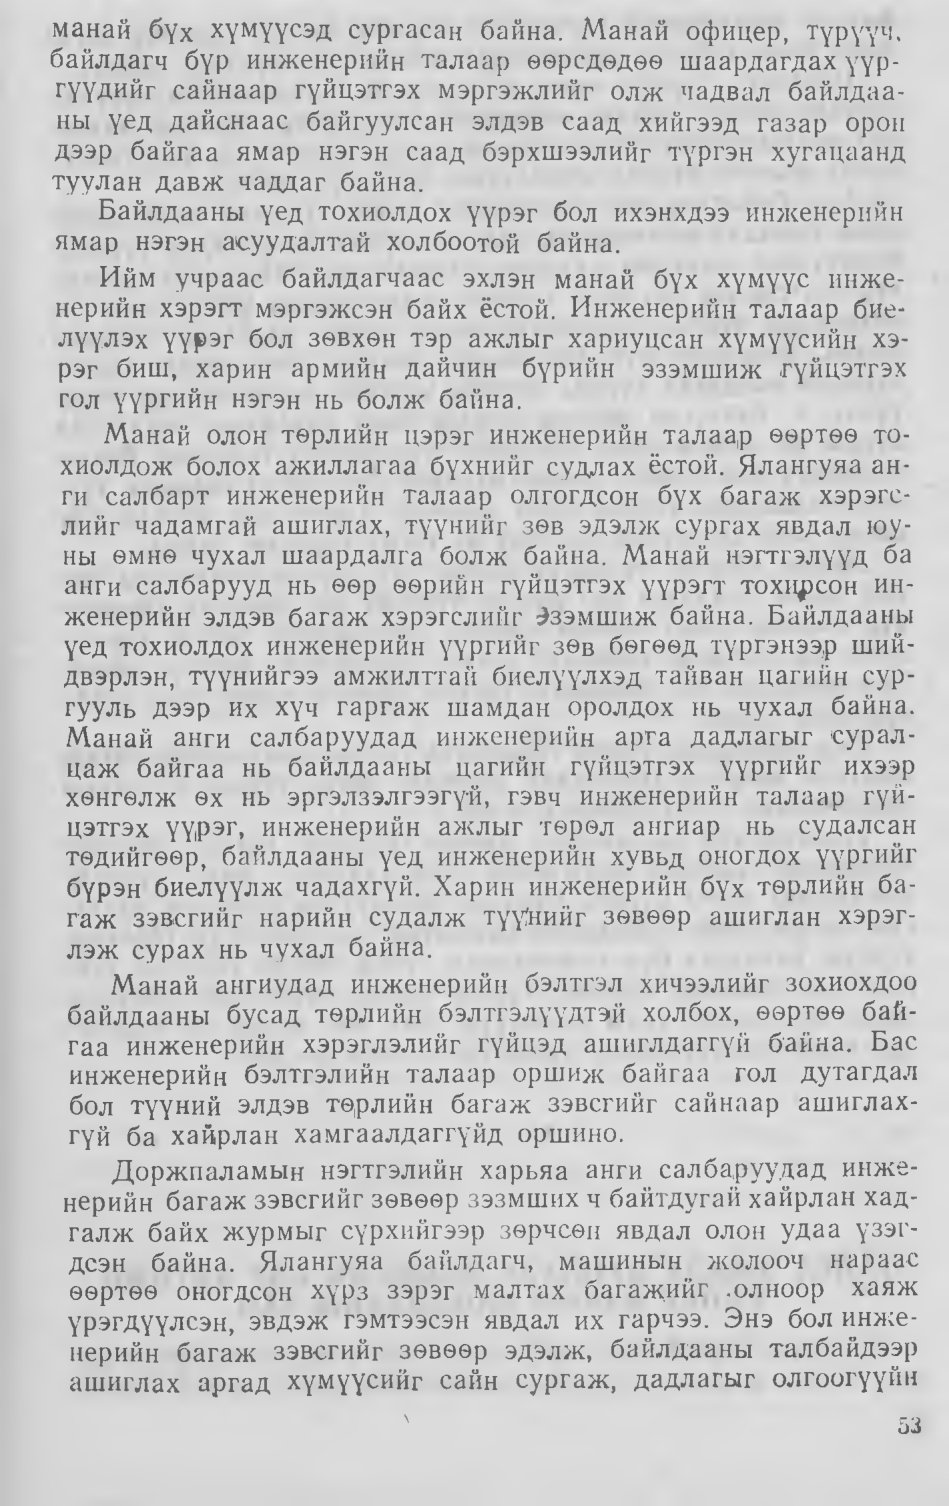
Language: mn